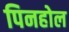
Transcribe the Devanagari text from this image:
पिनहोल